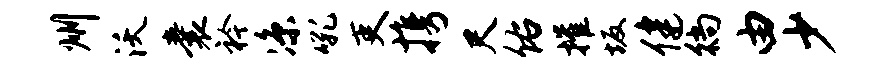
州沃囊衿凉吼吏携尺佑摧坂健徜由少